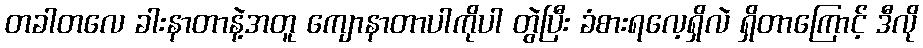
တခါတလေ ခါးနာတာနဲ့အတူ ကျောနာတာပါကိုပါ တွဲပြီး ခံစားရလေ့ရှိလဲ ရှိတာကြောင့် ဒီလို